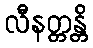
လီနတ္တန္တိ